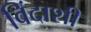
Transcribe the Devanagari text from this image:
विंदाशी